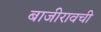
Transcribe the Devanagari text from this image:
बाजीरावची